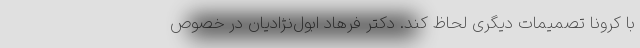
با کرونا تصمیمات دیگری لحاظ کند. دکتر فرهاد ابول‌نژادیان در خصوص